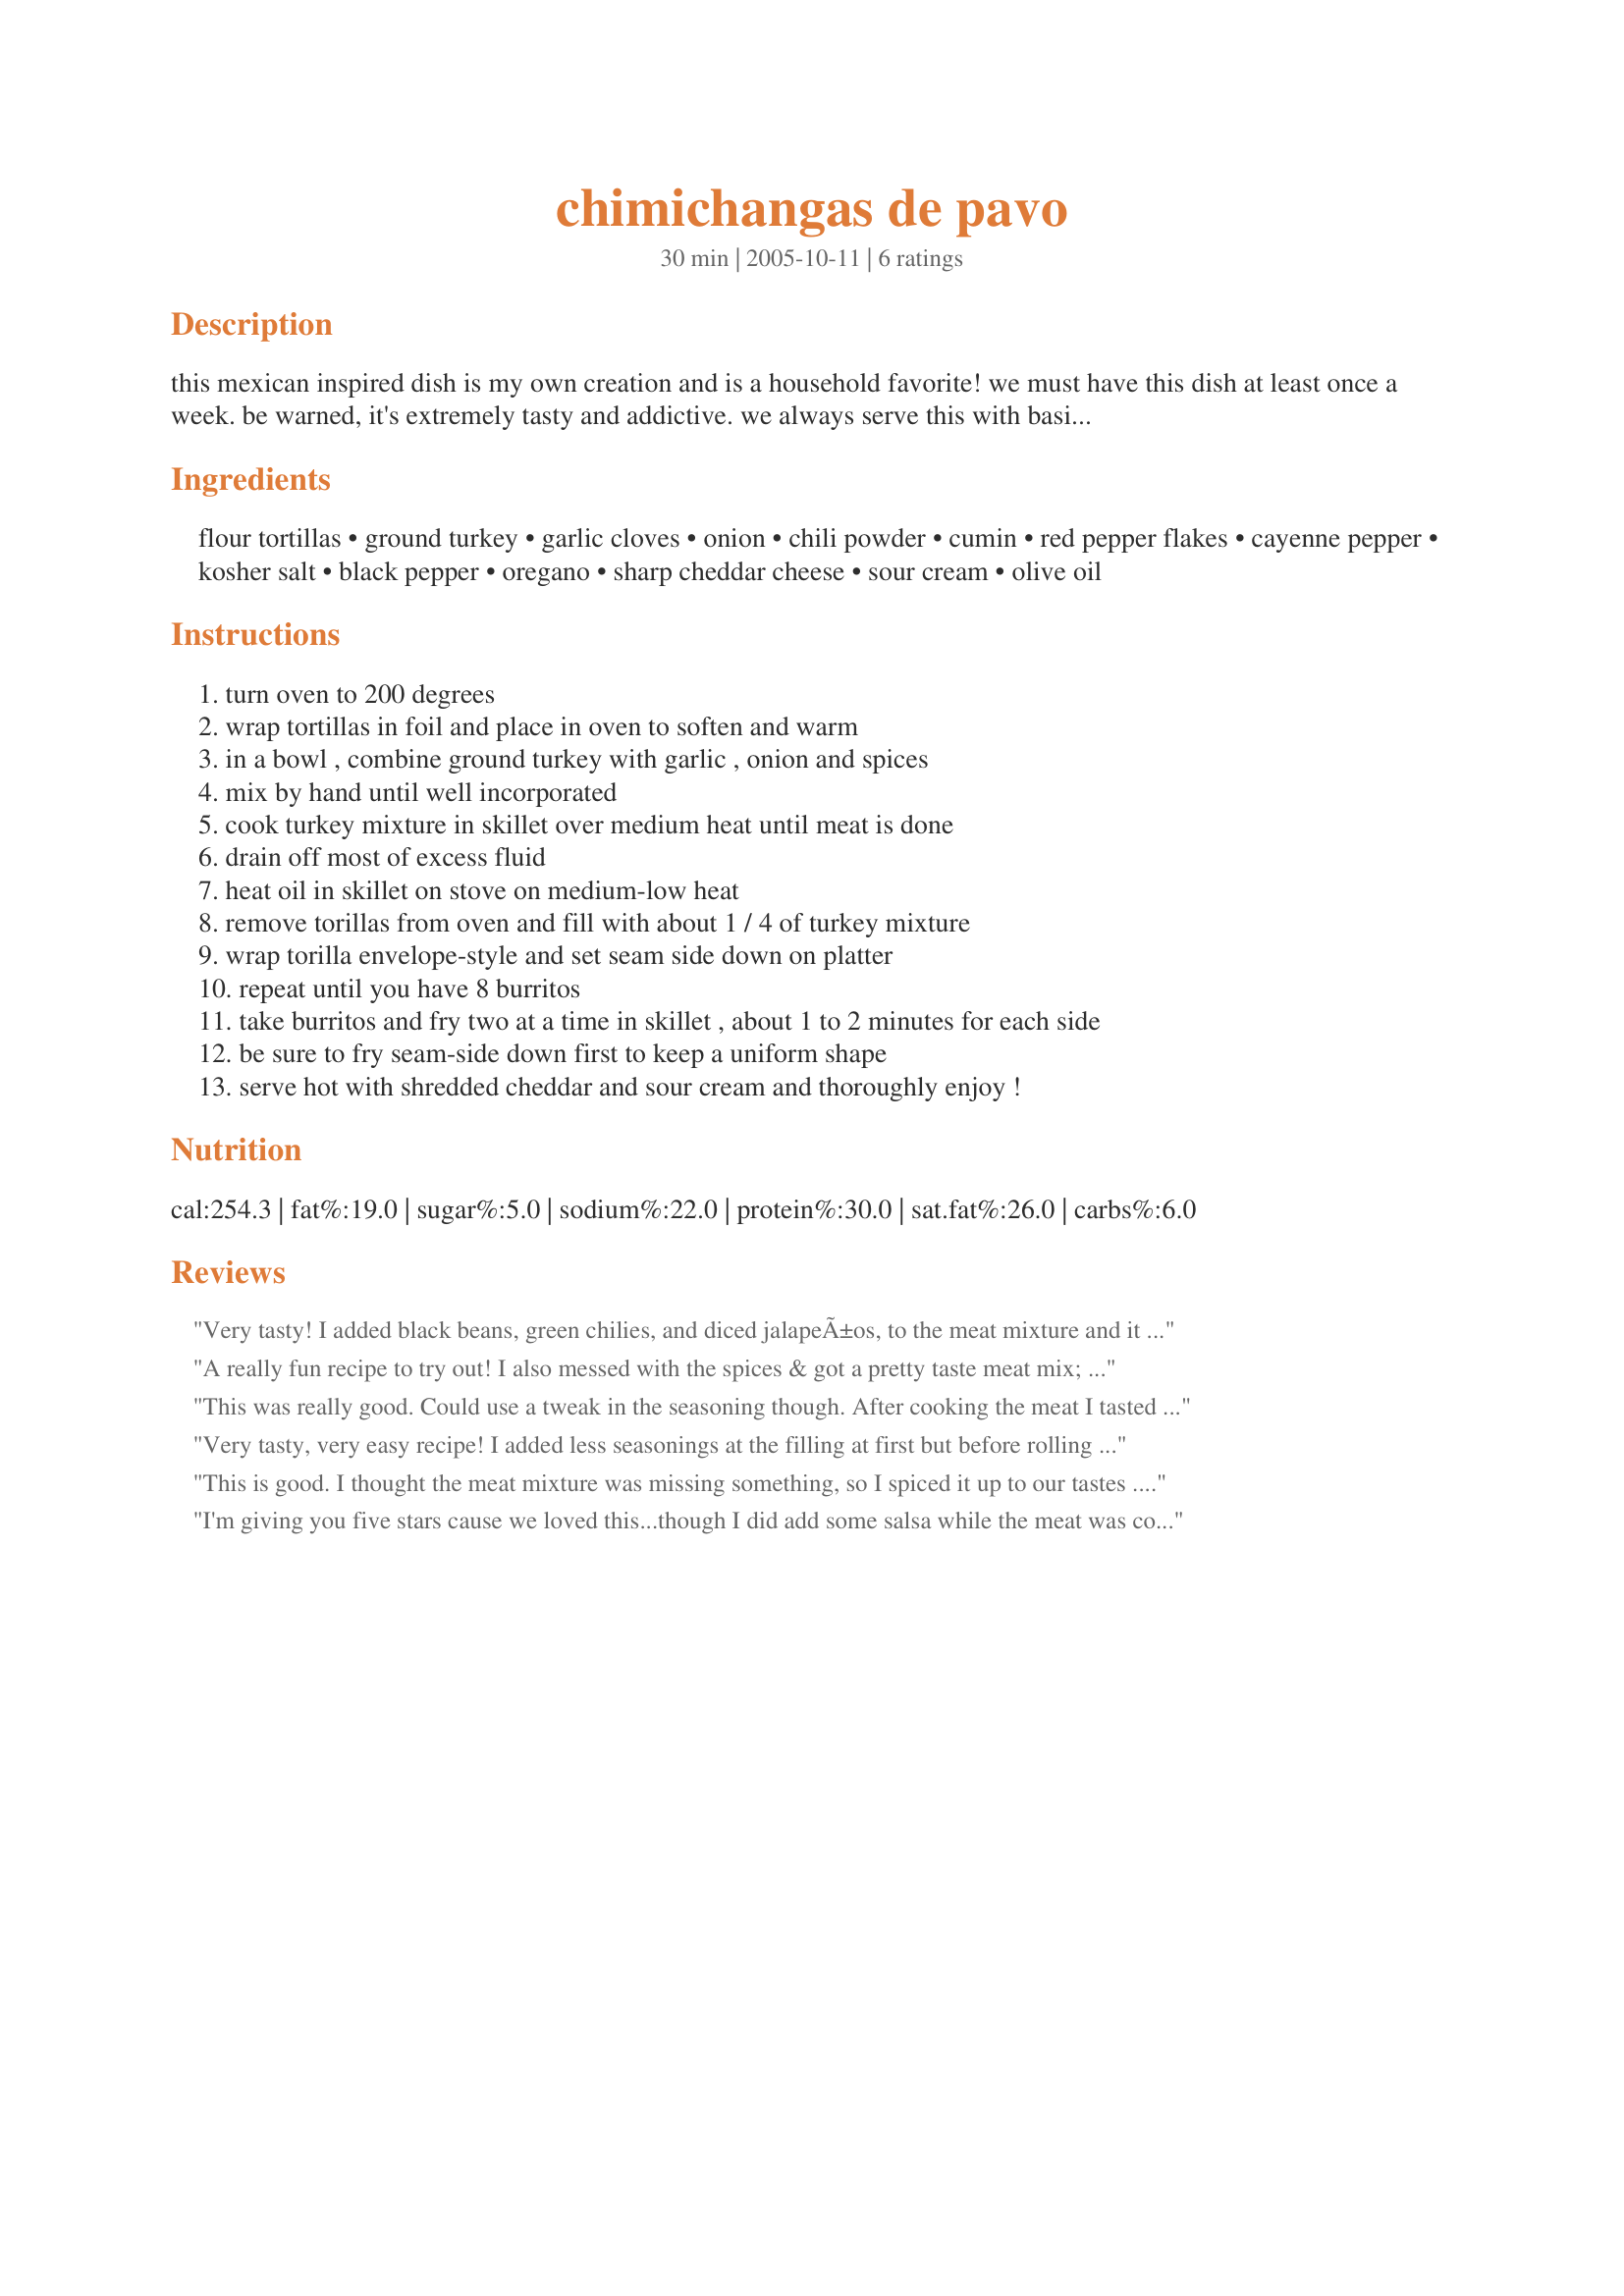
chimichangas de pavo
Preparation time: 30 minutes

this mexican inspired dish is my own creation and is a household favorite! we must have this dish at least once a week. be warned, it's extremely tasty and addictive. we always serve this with basic mexican rice recipe #60573. i suggest adding a tsp of your favorite hot sauce if you like your filling to pack a little more heat.

Ingredients:
flour tortillas, ground turkey, garlic cloves, onion, chili powder, cumin, red pepper flakes, cayenne pepper, kosher salt, black pepper, oregano, sharp cheddar cheese, sour cream, olive oil

Steps:
turn oven to 200 degrees
wrap tortillas in foil and place in oven to soften and warm
in a bowl , combine ground turkey with garlic , onion and spices
mix by hand until well incorporated
cook turkey mixture in skillet over medium heat until meat is done
drain off most of excess fluid
heat oil in skillet on stove on medium-low heat
remove torillas from oven and fill with about 1 / 4 of turkey mixture
wrap torilla envelope-style and set seam side down on platter
repeat until you have 8 burritos
take burritos and fry two at a time in skillet , about 1 to 2 minutes for each side
be sure to fry seam-side down first to keep a uniform shape
serve hot with shredded cheddar and sour cream and thoroughly enjoy !

Reviews:
Very tasty! I added black beans, green chilies, and diced jalapeÃ±os, to the meat mixture and it turned out very good. Thanks for the great recipe!
A really fun recipe to try out! I also messed with the spices & got a pretty taste meat mix; I added some chopped spinach & diced zucchini to add nutrition. I admit I chickened out with cooking this like a chimichanga; instead I cooked it on my stovetop like a folded-over quesadilla!! I topped the meat with reduced fat mozzarella & red onions. I served it with some salsa & fat free sour cream. It was yummy, but a tad try so I may try adding a little taco sauce into the meat mix. Thanks so much for sharing this!!
This was really good. Could use a tweak in the seasoning though. After cooking the meat I tasted it before filling the tortillas and then added another teaspoon of cumin and 1 tsp of oregano. Everything else was wonderful! Great recipe! Thanks for sharing!
Very tasty, very easy recipe! I added less seasonings at the filling at first but before rolling the tortillas I added the rest. I also put at the filling before frying some tomato at the half of them. I topped with cheddar and greek yogurt instead of sour cream. The result was an easy, tasty dinner. Thanks Cynna. Made it for ZWT3.
This is good. I thought the meat mixture was missing something, so I spiced it up to our tastes .. Thanks for sharing!
I'm giving you five stars cause we loved this...though I did add some salsa while the meat was cooking because I used ground chicken breast and it is quite dry. I've never made chimichangas before...lol...and had a bit of trouble folding the little fellows...but they really did turn out well. Served as you suggested with sour cream and shredded cheese...plus some salads. I can see me making these when the kids friends come over...they would love them as much as we did!!!
